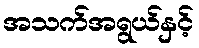
အသက်အရွယ်နှင့်